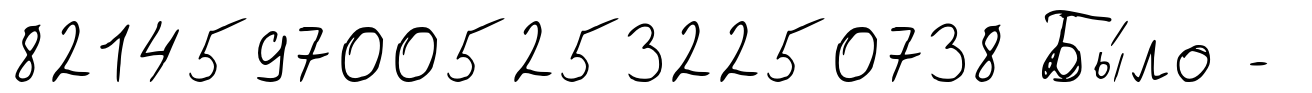
82145970052532250738 Бы́ло -